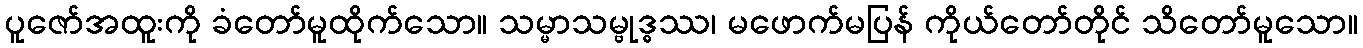
ပူဇော်အထူးကို ခံတော်မူထိုက်သော။ သမ္မာသမ္ဗုဒ္ဓဿ၊ မဖောက်မပြန် ကိုယ်တော်တိုင် သိတော်မူသော။